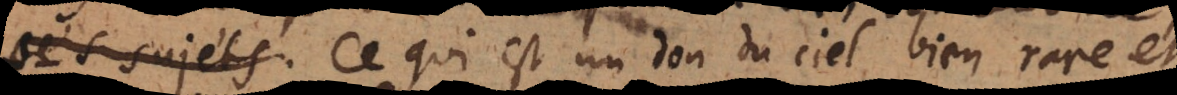
es. Ce qui est un don du ciel bien rare et